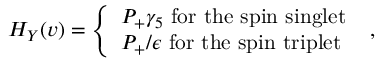
H _ { Y } ( v ) = \left\{ \begin{array} { l } { { P _ { + } \gamma _ { 5 } \mathrm { ~ f o r ~ t h e ~ s p i n ~ s i n g l e t } } } \\ { { P _ { + } \slash { \epsilon } \mathrm { ~ f o r ~ t h e ~ s p i n ~ t r i p l e t } } } \end{array} \right. \ ,